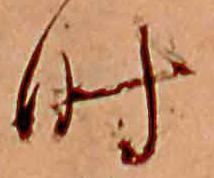
時